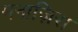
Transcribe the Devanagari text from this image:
मनाज़िरा